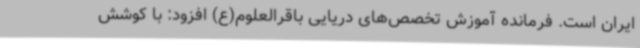
ایران است. فرمانده آموزش تخصص‌های دریایی باقرالعلوم(ع) افزود: با کوشش